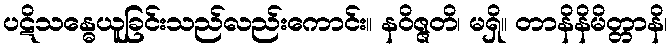
ပဋိသန္ဓေယူခြင်းသည်လည်းကောင်း။ နဝိဇ္ဇတိ၊ မရှိ။ တာနိနိမိတ္တာနိ၊